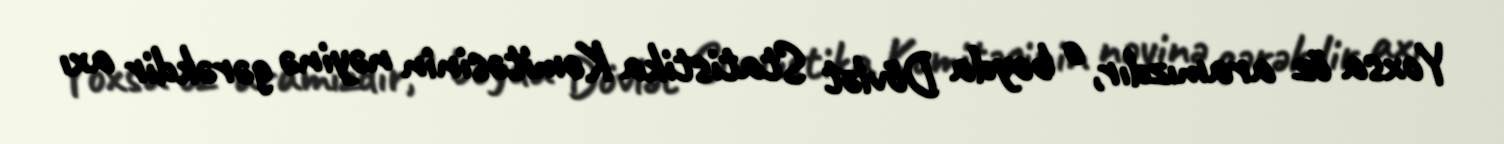
Yoxsa öz aramızdır, o boyda Dövlət Statistika Komitəsinin nəyinə gərəkdir axı